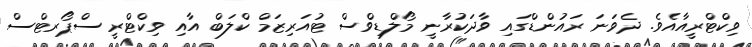
ވިކްޓްރީއާއެވެ. ދެވަނަ ރައުންޑްގައި ވާދަކުރާނީ މޯލްޑިވްސް ޓުއަރިޒަމް ކްލަބް އާއި ވިކްޓްރީ ސްޕޯރޓްސް